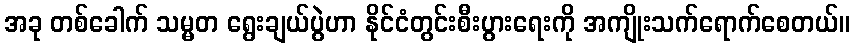
အခု တစ်ခေါက် သမ္မတ ရွေးချယ်ပွဲဟာ နိုင်ငံတွင်းစီးပွားရေးကို အကျိုးသက်ရောက်စေတယ်။